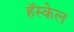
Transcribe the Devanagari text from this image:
हॅस्केल